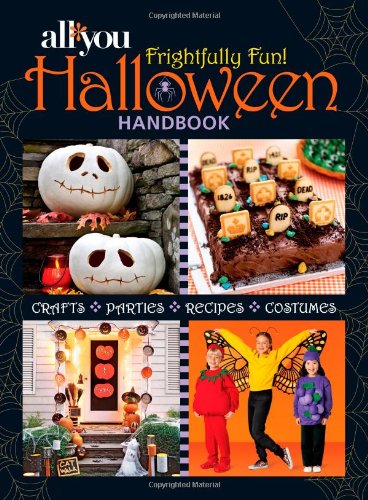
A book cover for All You Frightfully Fun Halloween Handbook; Editors of All You; Cookbooks, Food & Wine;